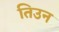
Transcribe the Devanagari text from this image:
तिउन